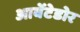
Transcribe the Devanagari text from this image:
आवेंटेडोर